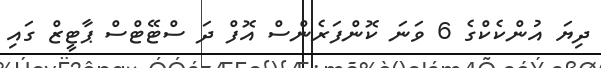
ދިޔަ އުންކެކްގެ 6 ވަނަ ކޮންފަރެންސް އޮފް ދަ ސްޓޭޓްސް ޕާޓީޒް ގައި